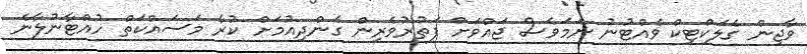
ވާޖިން ގެލަކްޓިކް ވެއްޓުނު ނަމަވެސް ޖައްވަށް ފަތުރުވެރިން ގެންދިއުމަށް ކުރާ މަސައްކަތް ހުއްޓާނުލާނެ